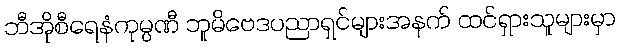
ဘီအိုစီရေနံကုမ္ပဏီ ဘူမိဗေဒပညာရှင်များအနက် ထင်ရှားသူများမှာ